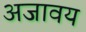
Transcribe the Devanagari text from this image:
अजावय